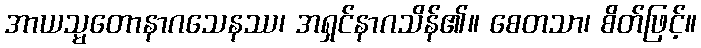
အာယသ္မတောနာဂသေနဿ၊ အရှင်နာဂသိန်၏။ စေတသာ၊ စိတ်ဖြင့်။